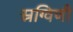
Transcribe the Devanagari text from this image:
स्रग्विणी